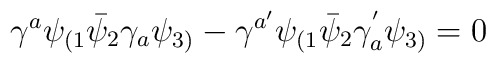
\gamma^a\psi_{(1}\bar{\psi}_2\gamma_a\psi_{3)}-\gamma^{a'}\psi_{(1}\bar{\psi}_2\gamma_a^{'}\psi_{3)}=0